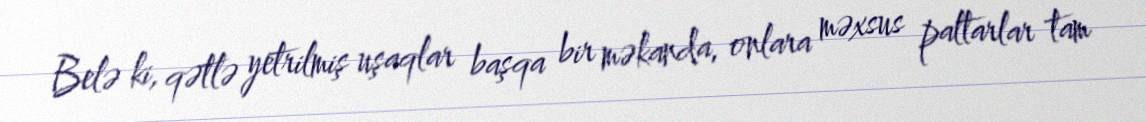
Belə ki, qətlə yetrilmiş uşaqlar başqa bir məkanda, onlara məxsus paltarlar tam